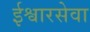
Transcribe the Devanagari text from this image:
ईश्वारसेवा